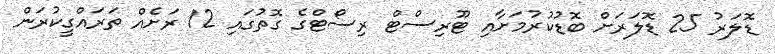
ޑޮލަރު 25 ޑޮލަރަށް ބޮޑުކުރުމަށާއި ޓޫރިސްޓް ރިސޯޓްގެ ގޮތުގައި 12 ރަށެއް ތަރައްގީކުރަން